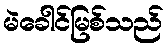
မဲခေါင်မြစ်သည်